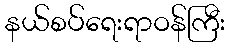
နယ်စပ်ရေးရာဝန်ကြီး